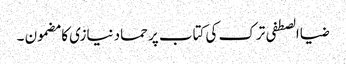
ضیاالصطفی ترک کی کتاب پر حماد نیازی کا مضمون ۔